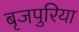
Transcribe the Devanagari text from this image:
बृजपुरिया